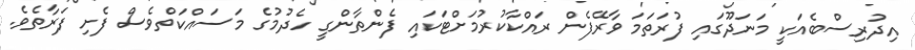
އިދުރިސްބެއަކީ މަނަދޫގައި ފުރަތަމަ ވާރޭފެން ރައްކާކުރުމަށްޓަކައި ފެންތާންގީ ހެދުމުގެ މަސައްކަތްވެސް ފެށި ފަރާތެވެ.